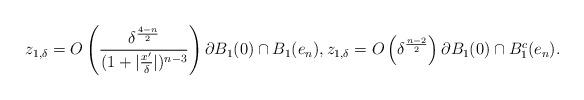
LaTeX: \begin{align*}z_{1,\delta}= O\left(\frac{\delta^\frac{4-n}{2}}{(1+|\frac{x'}{\delta}|)^{n-3}}\right) \partial B_1(0)\cap B_1(e_n),z_{1,\delta}= O\left(\delta^\frac{n-2}{2}\right) \partial B_1(0) \cap B_1^c(e_n).\end{align*}